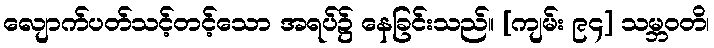
လျောက်ပတ်သင့်တင့်သော အရပ်၌ နေခြင်းသည်။ [ကျမ်း ၉၄] သမ္ဘဝတိ၊